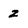
Character: 2